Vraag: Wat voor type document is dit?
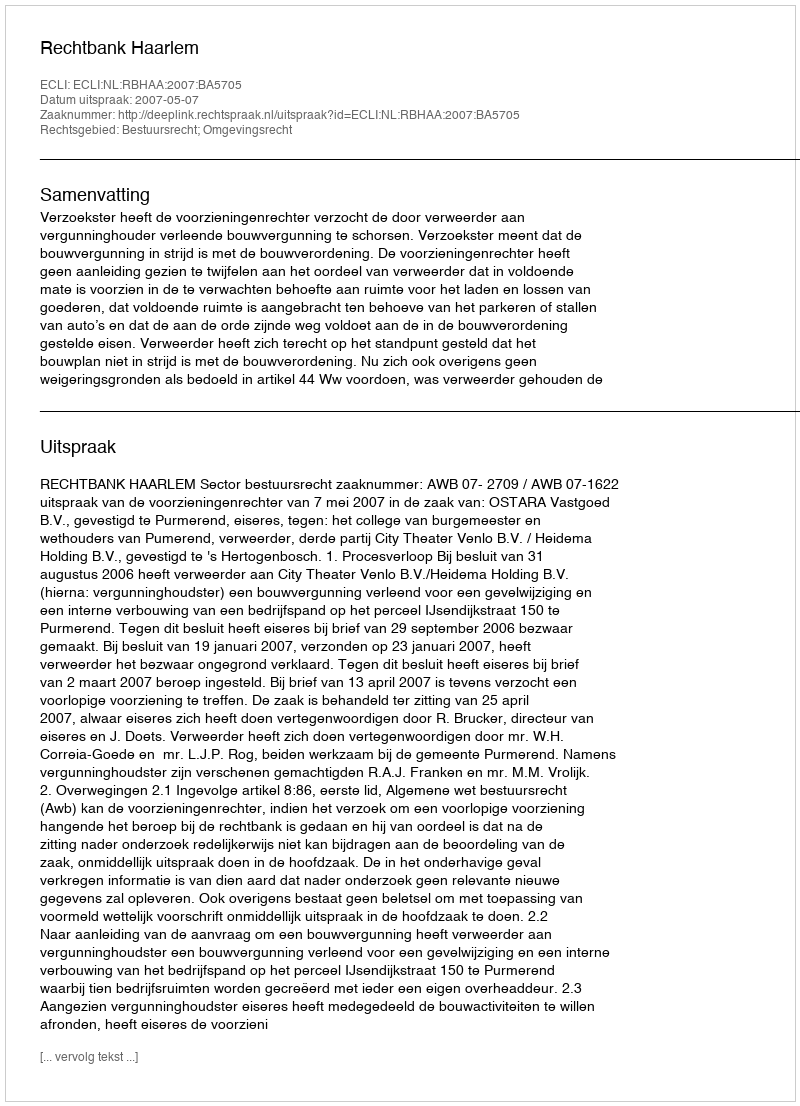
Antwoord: Uitspraak